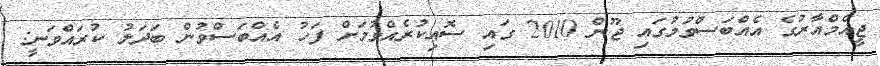
ޖީއެމްއާރުގެ އެއްބަސްވުމުގައި ޖޫން 2010 ގައި ސޮއިކުރެއްވުމަށް ފަހު އެއްބަސްވުން ބަދަލު ކުރައްވަނީ: